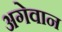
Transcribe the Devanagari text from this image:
अगेवान